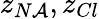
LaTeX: z_{N\mathcal{A}},z_{Cl}